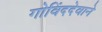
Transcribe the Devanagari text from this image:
गोविंददेवाने